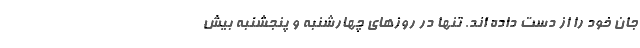
جان خود را از دست داده اند. تنها در روز‌های چهارشنبه و پنجشنبه بیش